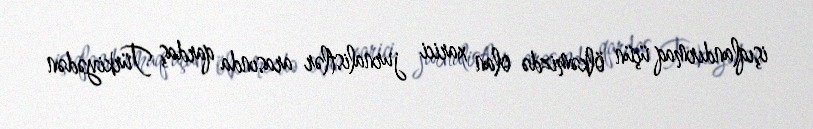
işıqlandırmaq üçün ölkəmizdə olan xarici jurnalistlər arasında qardaş Türkiyədən